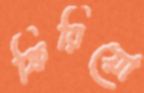
ফিরিয়ো